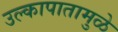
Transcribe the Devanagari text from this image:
उल्कापातामुळे